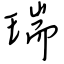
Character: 瑞